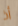
أذ